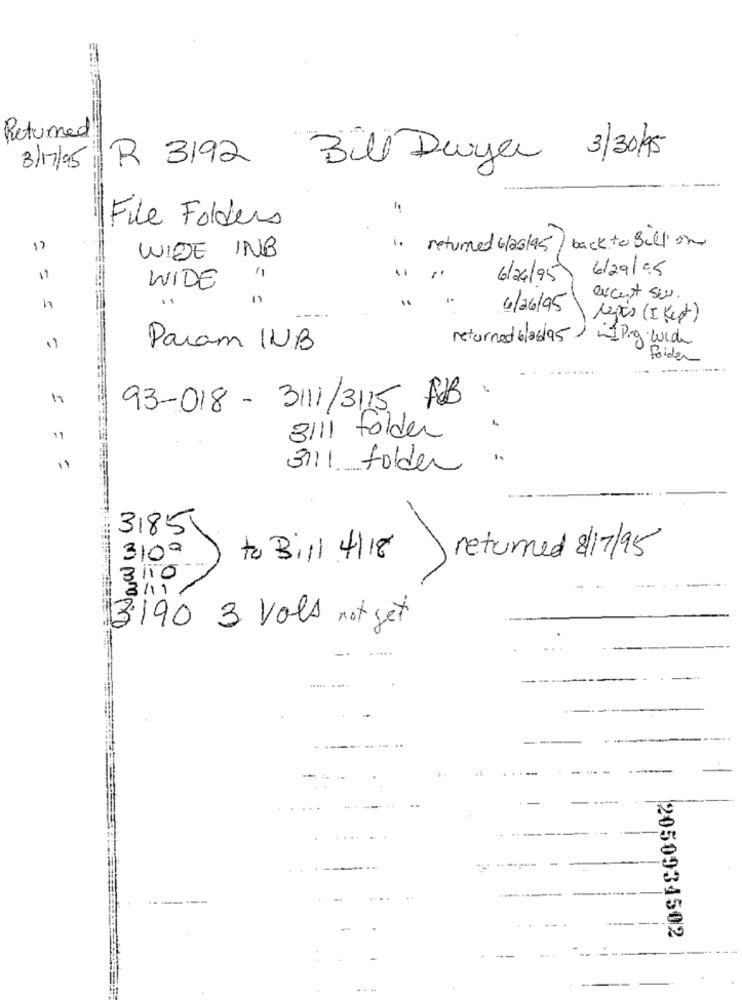
Returned
R 3192 Bill Duyar 3/30/95
3/17/95
File Folders
back to Bill on
WIDE INB
1. returned 6/25/95
6/29/05
6/24/95
WIDE
excent se.
1
6/26/95
Lepis (IKest)
returned 6/06/95
1 P.g wide
Param INB
Foider
----
93-018 - 3111/3115 FB
11
3111 folder
3111 folder
3185
310º
to Bill 4/18
returned 8/17/95
3/10
3/11
3190 3 Vols not get
- ---
-----
2050934502
... .
..-